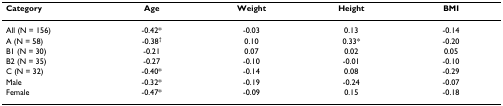
<table><thead><tr><td><b>Category</b></td><td><b>Age</b></td><td><b>Weight</b></td><td><b>Height</b></td><td><b>BMI</b></td></tr></thead><tbody><tr><td>All (N = 156)</td><td>-0.42*</td><td>-0.03</td><td>0.13</td><td>-0.14</td></tr><tr><td>A (N = 58)</td><td>-0.38<sup>†</sup></td><td>0.10</td><td>0.33*</td><td>-0.20</td></tr><tr><td>B1 (N = 30)</td><td>-0.21</td><td>0.07</td><td>0.02</td><td>0.05</td></tr><tr><td>B2 (N = 35)</td><td>-0.27</td><td>-0.10</td><td>-0.01</td><td>-0.10</td></tr><tr><td>C (N = 32)</td><td>-0.40*</td><td>-0.14</td><td>0.08</td><td>-0.29</td></tr><tr><td>Male</td><td>-0.32*</td><td>-0.19</td><td>-0.24</td><td>-0.07</td></tr><tr><td>Female</td><td>-0.47*</td><td>-0.09</td><td>0.15</td><td>-0.18</td></tr></tbody></table>